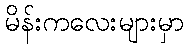
မိန်းကလေးများမှာ